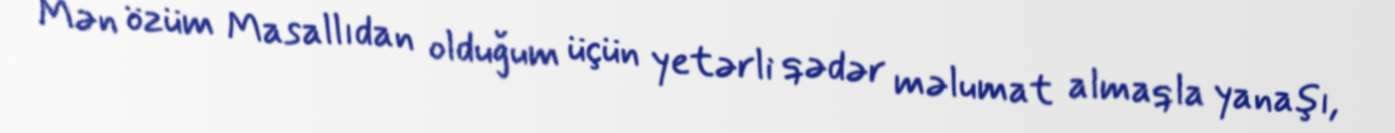
Mən özüm Masallıdan olduğum üçün yetərli qədər məlumat almaqla yanaşı,